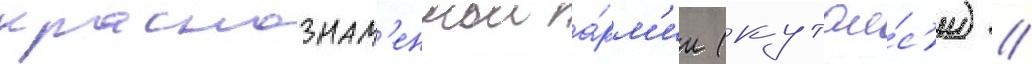
краснознам'еннои а́рм'ии (кутаи́с'и) //